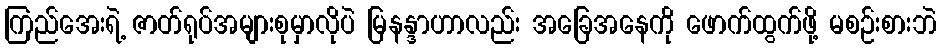
ကြည်အေးရဲ့ ဇာတ်ရုပ်အများစုမှာလိုပဲ မြနန္ဒာဟာလည်း အခြေအနေကို ဖောက်ထွက်ဖို့ မစဉ်းစားဘဲ